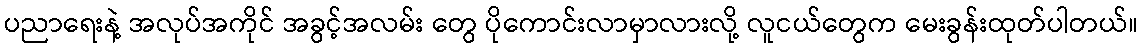
ပညာရေးနဲ့ အလုပ်အကိုင် အခွင့်အလမ်း တွေ ပိုကောင်းလာမှာလားလို့ လူငယ်တွေက မေးခွန်းထုတ်ပါတယ်။